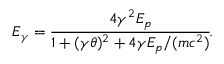
E _ { \gamma } = \cfrac { 4 \gamma ^ { 2 } E _ { p } } { 1 + ( \gamma \theta ) ^ { 2 } + 4 \gamma E _ { p } / ( m c ^ { 2 } ) } .